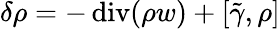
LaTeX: \delta\rho=-\operatorname{div}(\rho w)+[\tilde{\gamma},\rho]